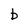
Character: b